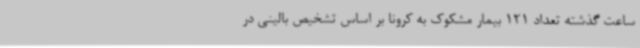
ساعت گذشته تعداد 121 بیمار مشکوک به کرونا بر اساس تشخیص بالینی در